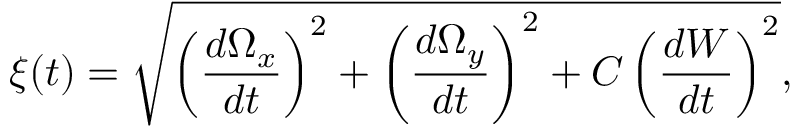
\xi ( t ) = \sqrt { \left( \frac { d \Omega _ { x } } { d t } \right) ^ { 2 } + \left( \frac { d \Omega _ { y } } { d t } \right) ^ { 2 } + C \left( \frac { d W } { d t } \right) ^ { 2 } } ,